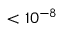
< 1 0 ^ { - 8 }